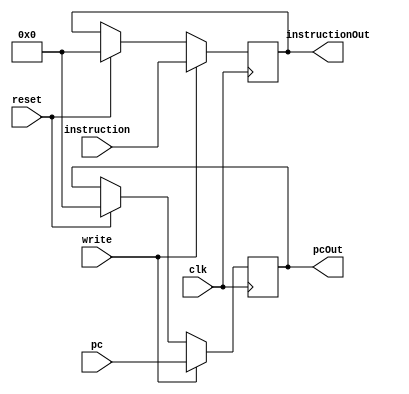
`timescale 1ns / 1ps
//////////////////////////////////////////////////////////////////////////////////
// Company: 
// Engineer: 
// 
// Design Name: 
// Module Name: registerIFID
// Project Name: 
// Target Devices: 
// Tool Versions: 
// Description: 
// 
// Dependencies: 
// 
// Revision:
// Revision 0.01 - File Created
// Additional Comments:
// 
//////////////////////////////////////////////////////////////////////////////////


module registerIFID(
    input clk, reset, write,
    input [31:0] pc, instruction,
    output reg [31:0] pcOut, instructionOut 
    );
    
    always @(posedge clk)
    begin
    if(reset)
    begin
        pcOut = 32'b0;
        instructionOut = 32'b0;
    end
    
    if(write)
    begin
        pcOut = pc;
        instructionOut = instruction;
    end
    end
endmodule